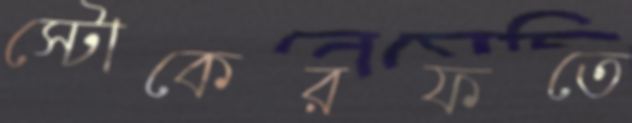
স্টোকেরফতে